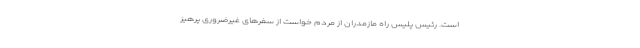
است. رئیس پلیس راه مازمدران از مردم خواست از سفر‌های غیرضروری پرهیز